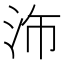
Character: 𪵴